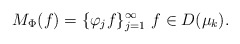
\begin{align*}M_\Phi (f) = \{\varphi_j f\}_{j=1}^\infty ~ f \in D(\mu_k).\end{align*}